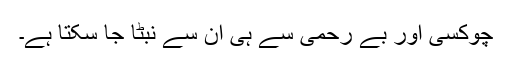
چوکسی اور بے رحمی سے ہی ان سے نبٹا جا سکتا ہے۔